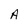
Character: A